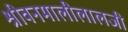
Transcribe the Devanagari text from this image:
श्रीवनमालीलालजी